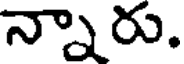
న్నారు.